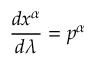
{ \frac { d x ^ { \alpha } } { d \lambda } } = p ^ { \alpha }